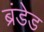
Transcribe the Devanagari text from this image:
ब्रंडेड